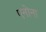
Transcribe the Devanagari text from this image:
एनोना